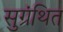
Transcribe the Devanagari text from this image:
सुग्रंथित